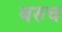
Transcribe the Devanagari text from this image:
बरुच